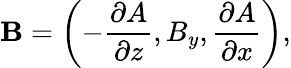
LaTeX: \mathbf{B}=\left(-\frac{\partial A}{\partial z},B_{y},\frac{\partial A}{\partial x}\right),